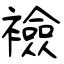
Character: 襝